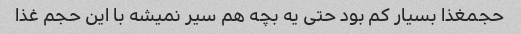
حجمغذا بسیار کم بود حتی یه بچه هم سیر نمیشه با این حجم غذا